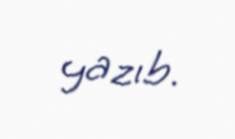
yazıb.